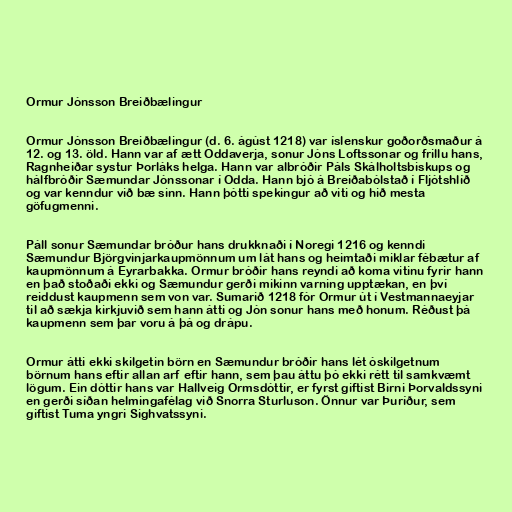
Ormur Jónsson Breiðbælingur

Ormur Jónsson Breiðbælingur (d. 6. ágúst 1218) var íslenskur goðorðsmaður á
12. og 13. öld. Hann var af ætt Oddaverja, sonur Jóns Loftssonar og frillu hans,
Ragnheiðar systur Þorláks helga. Hann var albróðir Páls Skálholtsbiskups og
hálfbróðir Sæmundar Jónssonar í Odda. Hann bjó á Breiðabólstað í Fljótshlíð
og var kenndur við bæ sinn. Hann þótti spekingur að viti og hið mesta
göfugmenni.

Páll sonur Sæmundar bróður hans drukknaði í Noregi 1216 og kenndi
Sæmundur Björgvinjarkaupmönnum um lát hans og heimtaði miklar fébætur af
kaupmönnum á Eyrarbakka. Ormur bróðir hans reyndi að koma vitinu fyrir hann
en það stoðaði ekki og Sæmundur gerði mikinn varning upptækan, en því
reiddust kaupmenn sem von var. Sumarið 1218 fór Ormur út í Vestmannaeyjar
til að sækja kirkjuvið sem hann átti og Jón sonur hans með honum. Réðust þá
kaupmenn sem þar voru á þá og drápu.

Ormur átti ekki skilgetin börn en Sæmundur bróðir hans lét óskilgetnum
börnum hans eftir allan arf eftir hann, sem þau áttu þó ekki rétt til samkvæmt
lögum. Ein dóttir hans var Hallveig Ormsdóttir, er fyrst giftist Birni Þorvaldssyni
en gerði síðan helmingafélag við Snorra Sturluson. Önnur var Þuríður, sem
giftist Tuma yngri Sighvatssyni.